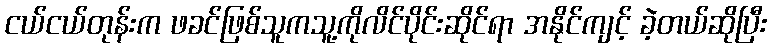
ငယ်ငယ်တုန်းက ဖခင်ဖြစ်သူကသူ့ကိုလိင်ပိုင်းဆိုင်ရာ အနိုင်ကျင့် ခဲ့တယ်ဆိုပြီး